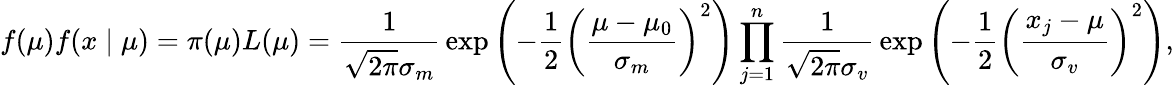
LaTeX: f(\mu)f(x\mid\mu)=\pi(\mu)L(\mu)={\frac{1}{{\sqrt{2\pi}}\sigma_{m}}}\exp\left(-{\frac{1}{2}}\left({\frac{\mu-\mu_{0}}{\sigma_{m}}}\right)^{2}\right)\prod_{j=1}^{n}{\frac{1}{{\sqrt{2\pi}}\sigma_{v}}}\exp\left(-{\frac{1}{2}}\left({\frac{x_{j}-\mu}{\sigma_{v}}}\right)^{2}\right),